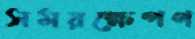
সময়ক্ষেপণ